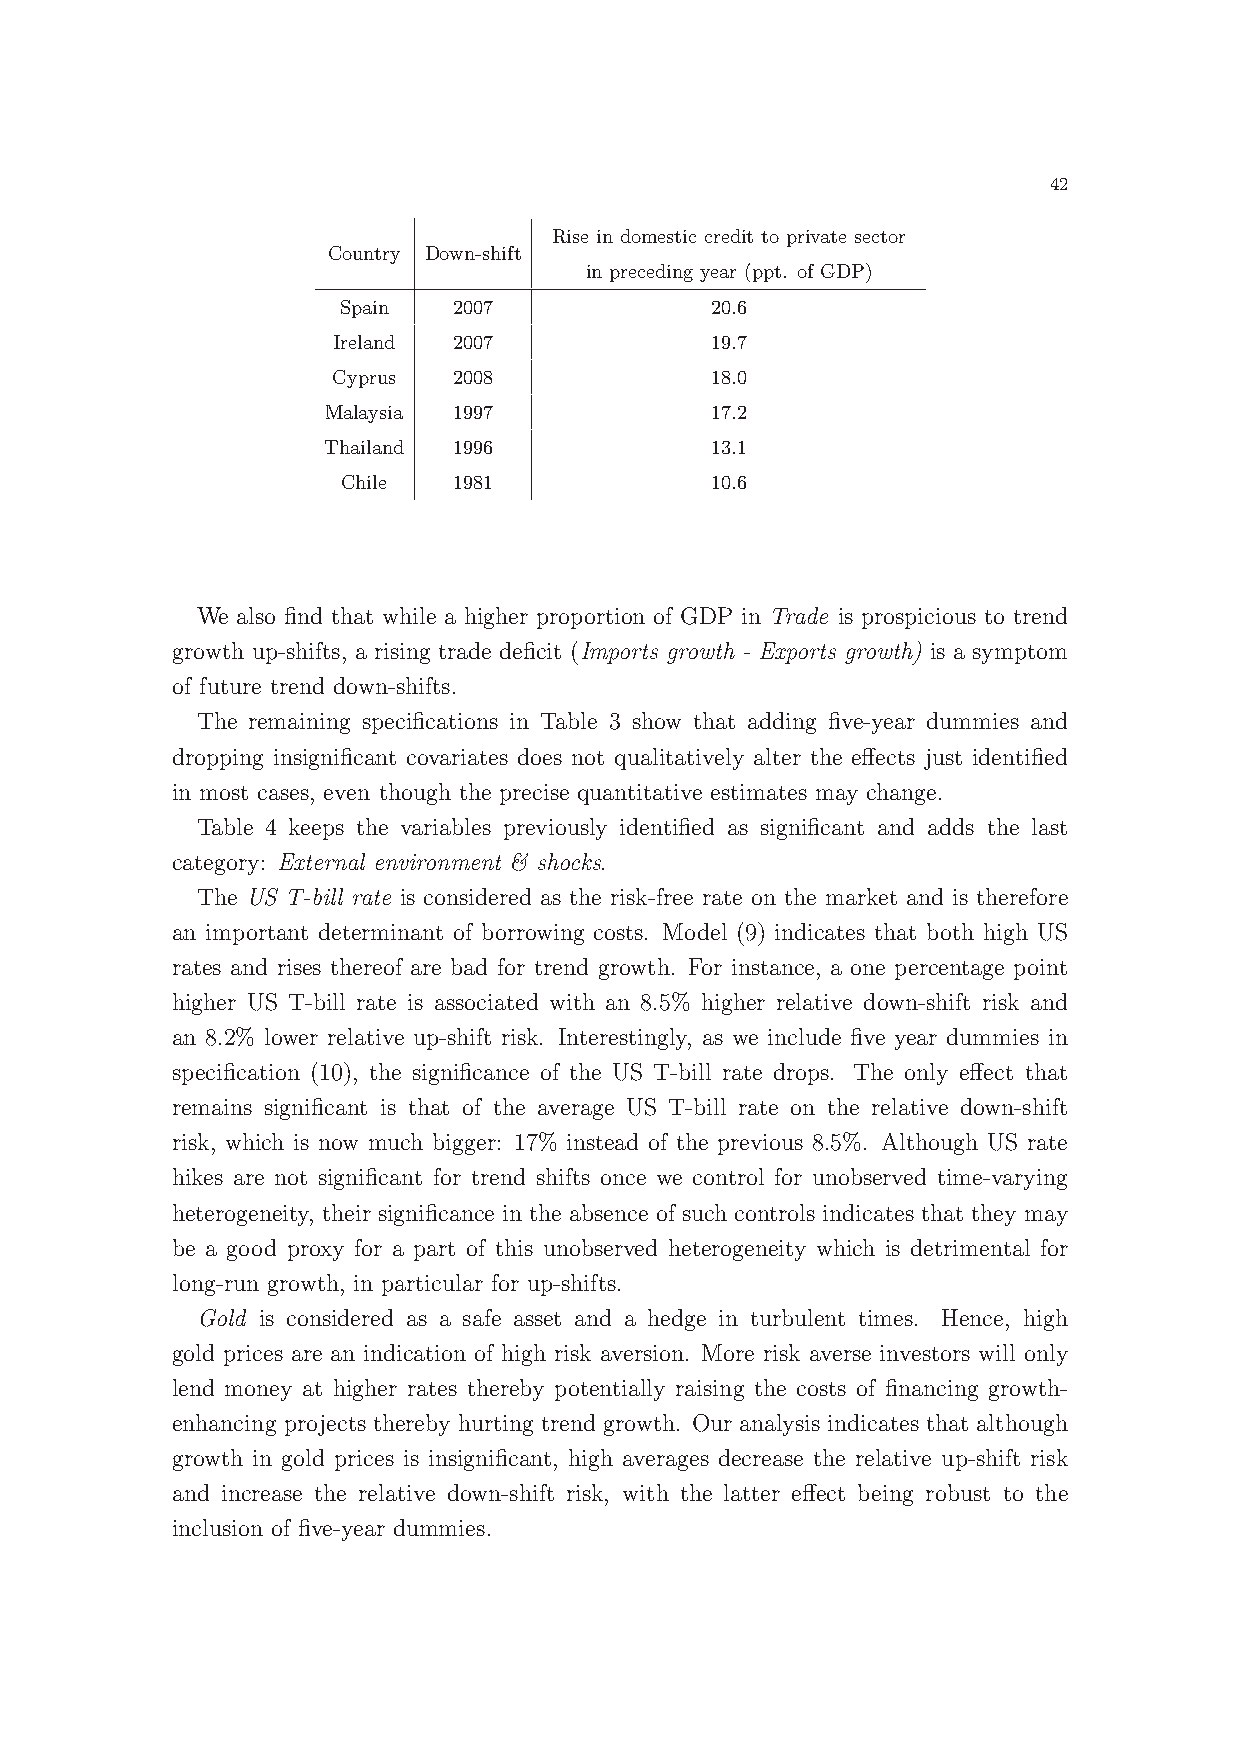
42
 Rise in domestic credit to private sector
 Country Down-shift
 in preceding year (ppt. of GDP)
 Spain   2007             20.6
 Ireland 2007             19.7
 Cyprus  2008             18.0
 Malaysia 1997            17.2
 Thailand 1996             13.1
 Chile  1981             10.6
 We also find that while a higher proportion of GDP in Trade is prospicious to trend
 growth up-shifts, a rising trade deficit (Imports growth - Exports growth) is a symptom
 of future trend down-shifts.
 The remaining specifications in Table 3 show that adding five-year dummies and
 dropping insignificant covariates does not qualitatively alter the effects just identified
 in most cases, even though the precise quantitative estimates may change.
 Table 4 keeps the variables previously identified as significant and adds the last
 category: External environment & shocks.
 The US T-bill rate is considered as the risk-free rate on the market and is therefore
 an important determinant of borrowing costs. Model (9) indicates that both high US
 rates and rises thereof are bad for trend growth. For instance, a one percentage point
 higher US T-bill rate is associated with an 8.5% higher relative down-shift risk and
 an 8.2% lower relative up-shift risk. Interestingly, as we include five year dummies in
 specification (10), the significance of the US T-bill rate drops. The only effect that
 remains significant is that of the average US T-bill rate on the relative down-shift
 risk, which is now much bigger: 17% instead of the previous 8.5%. Although US rate
 hikes are not significant for trend shifts once we control for unobserved time-varying
 heterogeneity, their significance in the absence of such controls indicates that they may
 be a good proxy for a part of this unobserved heterogeneity which is detrimental for
 long-run growth, in particular for up-shifts.
 Gold is considered as a safe asset and a hedge in turbulent times. Hence, high
 gold prices are an indication of high risk aversion. More risk averse investors will only
 lend money at higher rates thereby potentially raising the costs of financing growth-
 enhancing projects thereby hurting trend growth. Our analysis indicates that although
 growth in gold prices is insignificant, high averages decrease the relative up-shift risk
 and increase the relative down-shift risk, with the latter effect being robust to the
 inclusion of five-year dummies.